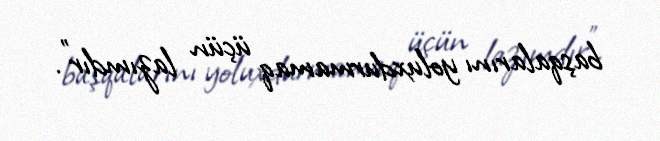
başqalarını yoluxdurmamaq üçün lazımdır”.